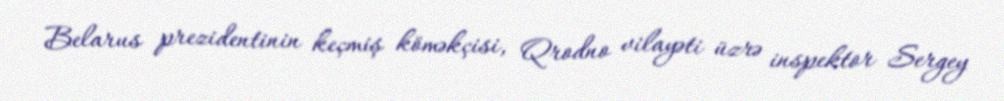
Belarus prezidentinin keçmiş köməkçisi, Qrodno vilayəti üzrə inspektor Sergey